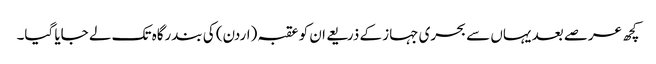
کچھ عرصے بعد یہاں سے بحری جہاز کے ذریعے ان کو عقبہ (اردن) کی بندرگاہ تک لے جایا گیا۔